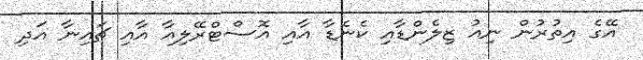
އޭގެ އިތުރުން ނިއު ޒިލެންޑާއި ކެނެޑާ އާއި އޮސްޓްރޭލިއާ އާއި ޗައިނާ އަދި